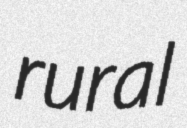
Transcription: rural